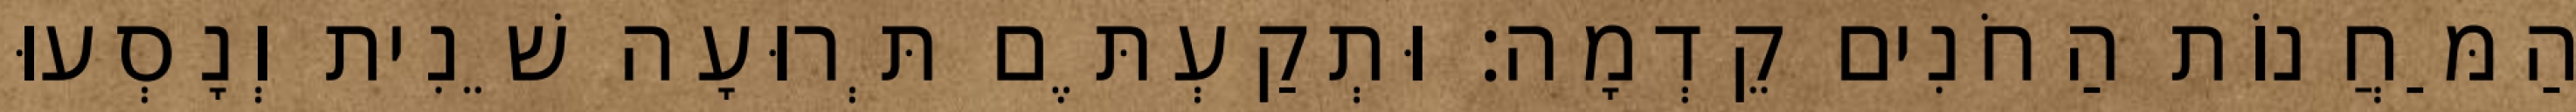
הַמַּחֲנוֹת הַחֹנִים קֵדְמָה׃ וּתְקַעְתֶּם תְּרוּעָה שֵׁנִית וְנָסְעוּ